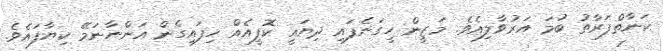
ކަނާތްފަރާތު ބުމަ އަރުވާލިއެވެ. މަޒީން ހީގަނެފައި ދިޔައީ ކޮފީއެއް ހިފައިގެން އަންނާނަމޭ ކިޔާފައެވެ.